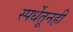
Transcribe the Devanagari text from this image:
स्पर्धेतूनही